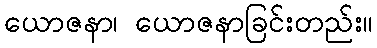
ယောဇနာ၊ ယောဇနာခြင်းတည်း။